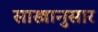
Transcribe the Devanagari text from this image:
सास्त्रानुसार